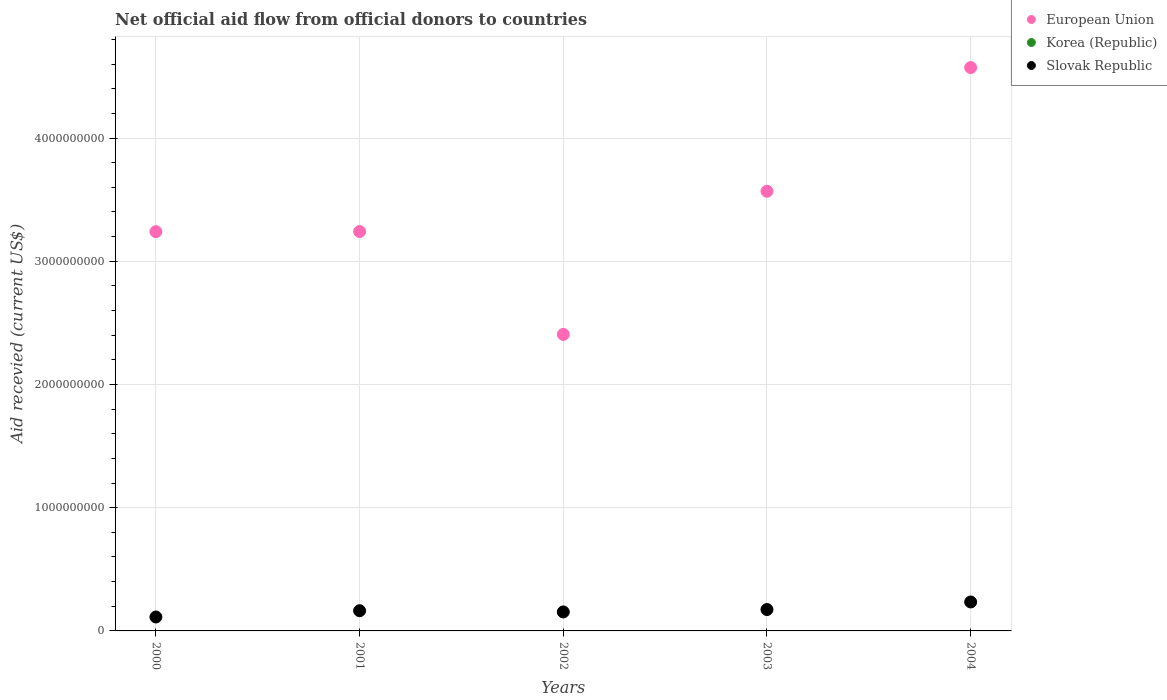
| Years | European Union | Korea (Republic) | Slovak Republic |
 | --- | --- | --- | --- |
 | 2000 | 3.24e+09 | -1.98e+08 | 1.13e+08 |
 | 2001 | 3.24e+09 | -1.11e+08 | 1.64e+08 |
 | 2002 | 2.41e+09 | -8.19e+07 | 1.54e+08 |
 | 2003 | 3.57e+09 | -4.62e+08 | 1.74e+08 |
 | 2004 | 4.57e+09 | -6.91e+07 | 2.35e+08 |